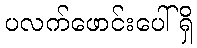
ပလက်ဖောင်းပေါ်ရှိ